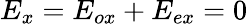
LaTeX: E_{x}=E_{ox}+E_{ex}=0